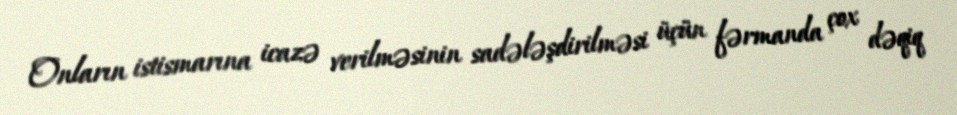
Onların istismarına icazə verilməsinin sadələşdirilməsi üçün fərmanda çox dəqiq